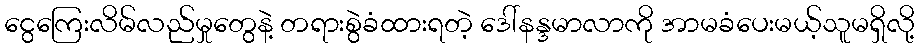
ငွေကြေးလိမ်လည်မှုတွေနဲ့ တရားစွဲခံထားရတဲ့ ဒေါ်နန္ဒမာလာကို အာမခံပေးမယ့်သူမရှိလို့